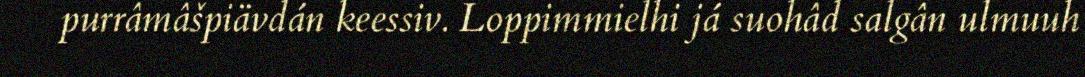
purrâmâšpiävdán keessiv. Loppimmielhi já suohâd salgân ulmuuh